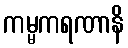
ကမ္မကရဏာနိ